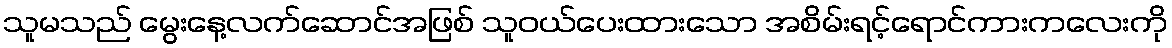
သူမသည် မွေးနေ့လက်ဆောင်အဖြစ် သူဝယ်ပေးထားသော အစိမ်းရင့်ရောင်ကားကလေးကို